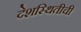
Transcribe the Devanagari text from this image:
देशस्थितीची